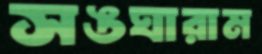
সঙঘারাম